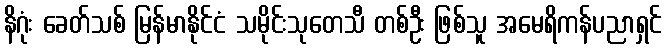
နိဂုံး ခေတ်သစ် မြန်မာနိုင်ငံ သမိုင်းသုတေသီ တစ်ဦး ဖြစ်သူ အမေရိကန်ပညာရှင်